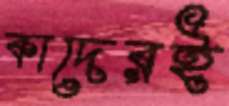
কাদেরই